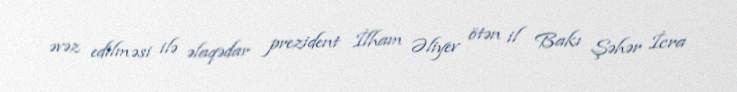
əvəz edilməsi ilə əlaqədar prezident İlham Əliyev ötən il Bakı Şəhər İcra